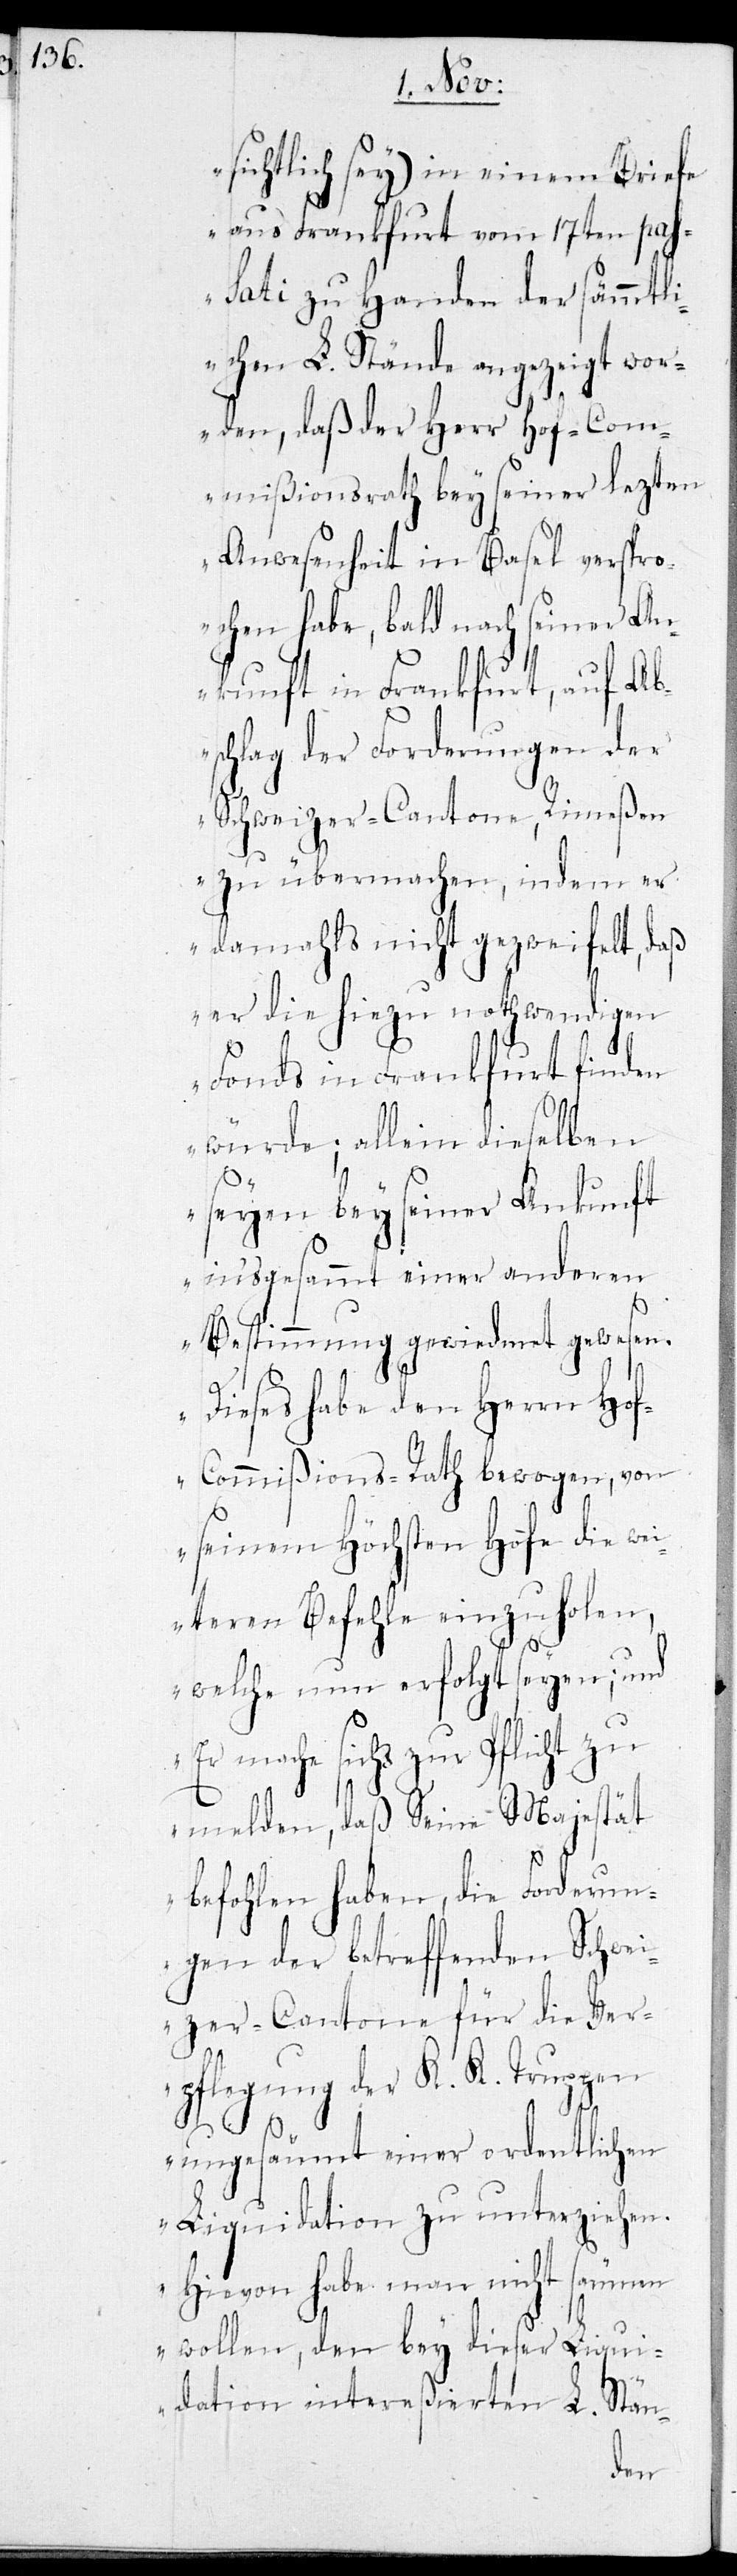
sichtlich sey) in einem Briefe
aus Frankfurt vom 17ten pas¬
sati zu Handen der sämmtl¬
ichen L. Stände angezeigt wor¬
den, daß der Herr Hof-Com¬
mißionsrath bey seiner lezten
Anwesenheit in Basel verspr¬
ochen habe, bald nach seiner An¬
kunft in Frankfurt, auf Ab¬
schlag der Forderungen der
Schweizer-Cantone, Rimeßen
zu übermachen, indem er
damahls nicht gezweifelt, daß
er die hiezu nothwendigen
Fonds in Frankfurt finden
würde; allein dieselben
of-C¬
seyen bey seiner Ankunft
insgesammt einer anderen
Bestimmung gewiedmet gewesen.
Dieses habe den Herrn H¬
ommißions-Rath bewogen, von
seinem Höchsten Hofe die we¬
iteren Befehle einzuholen,
welche nun erfolgt seyen; und
mache sichs zur Pflicht zu
melden, daß Seine Majestät
befohlen haben, die Forderun¬
gen der betreffenden Schwei¬
zer-Cantone für die Ver¬
pflegung der K. K. Truppen
ungesäumt einer ordentlichen
Liquidation zu unterziehen.
Hievon habe man nicht säumen
wollen, den bey dieser Liqui¬
dation intereßierten L. Stän-